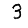
Digit: 3